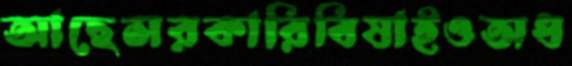
আছেসরকারিবিষাইওঅধ